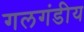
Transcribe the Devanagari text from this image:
गलगंडीय